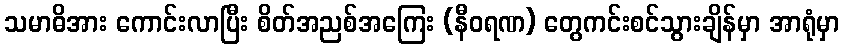
သမာဓိအား ကောင်းလာပြီး စိတ်အညစ်အကြေး (နီဝရဏ) တွေကင်းစင်သွားချိန်မှာ အာရုံမှာ